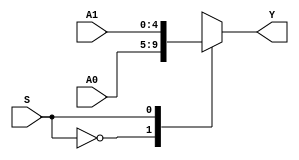
`timescale 1ns / 1ps
//////////////////////////////////////////////////////////////////////////////////
// Company: 
// Engineer: 
// 
// Design Name: 
// Module Name: MUX2X5
// Project Name: 
// Target Devices: 
// Tool Versions: 
// Description: 
// 
// Dependencies: 
// 
// Revision:
// Revision 0.01 - File Created
// Additional Comments:
// 
//////////////////////////////////////////////////////////////////////////////////


module MUX2X5(A0,A1,S,Y);
    input [4:0] A0,A1;
    input S;
    output [4:0] Y;

    function [4:0] select;
        input [4:0] A0,A1;
        input S;
        case(S)
            0:select=A0;
            1:select=A1;
        endcase
    endfunction

    assign Y=select(A0,A1,S);
endmodule

module MUX2X32(A0,A1,S,Y);
    input [31:0] A0,A1;
    input S;
    output [31:0] Y;

    function [31:0] select;
        input [31:0] A0,A1;
        input S;
        case(S)
            0:select=A0;
            1:select=A1;
        endcase
    endfunction

    assign Y=select(A0,A1,S);
endmodule

module MUX5X32 (A0, A1, A2, A3, A4, S, Y);
    input [31:0] A0, A1, A2, A3, A4;
    input [2:0] S;
    output [31:0] Y;

    function [31:0] select;
        input [31:0] A0, A1, A2, A3, A4;
        input [2:0] S;
        case(S)
            3'b000: select = A0;
            3'b001: select = A1;
            3'b010: select = A2;
            3'b011: select = A3;
            3'b100: select = A3;
            3'b101: select = A4;
        endcase
    endfunction

    assign Y = select (A0, A1, A2, A3, A4, S);
endmodule